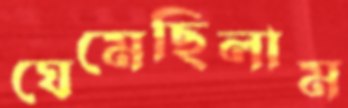
ঘেমেছিলাম